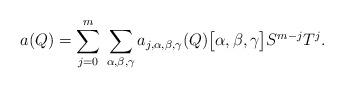
LaTeX: \begin{align*} a(Q)=\sum_{j=0}^m\:\sum_{\alpha,\beta,\gamma}a_{j,\alpha,\beta,\gamma}(Q)\big[\alpha,\beta,\gamma\big]S^{m-j}T^j.\end{align*}